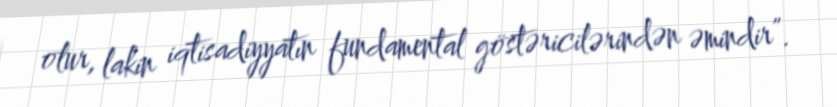
olur, lakin iqtisadiyyatın fundamental göstəricilərindən əmindir”.